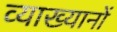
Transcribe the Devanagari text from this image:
व्‍याख्‍यानों